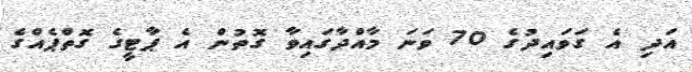
އަދި އެ ގަވައިދުގެ 70 ވަނަ މާއްދާގައިވާ ގޮތުން އެ ޕާޓީގެ ގޮތްޕެއްގެ